Scottish Leaving Certificate Examination, 1961
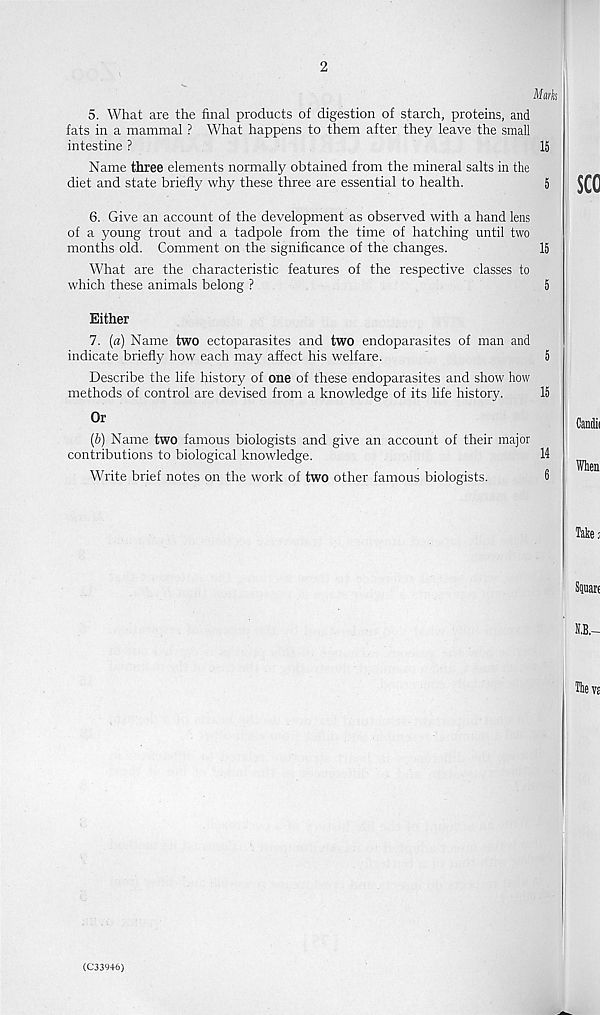
2
Mark
5. What are the final products of digestion of starch, proteins, and
fats in a mammal ? What happens to them after they leave the small
intestine ?
15
Name three elements normally obtained from the mineral salts in the
diet and state briefly why these three are essential to health.
5
6. Give an account of the development as observed with a hand lens
of a young trout and a tadpole from the time of hatching until two
months old. Comment on the significance of the changes.
15
What are the characteristic features of the respective classes to
which these animals belong ?
5
Either
7. (a) Name two ectoparasites and two endoparasites of man and
indicate briefly how each may affect his welfare.
5
Describe the life history of one of these endoparasites and show how
methods of control are devised from a knowledge of its fife history.
15
Or
(b) Name two famous biologists and give an account of their major
contributions to biological knowledge.
14
Write brief notes on the work of two other famous biologists.
6
(C33946)